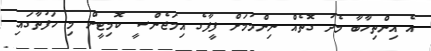
އެ އިންތިހާބާ މެދު ގޮތެއް ނިންމުމަށް ފީފާގެ އިމަޖެންސީ ކޮމިޓީން މި ހަފުތާގައި